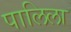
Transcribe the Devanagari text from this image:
पालिला